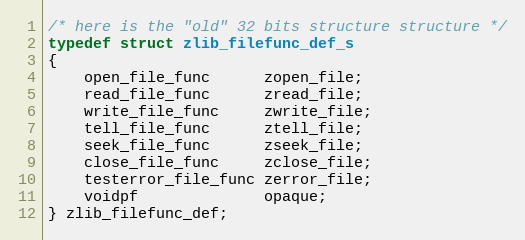
Language: C
/* here is the "old" 32 bits structure structure */
typedef struct zlib_filefunc_def_s
{
    open_file_func      zopen_file;
    read_file_func      zread_file;
    write_file_func     zwrite_file;
    tell_file_func      ztell_file;
    seek_file_func      zseek_file;
    close_file_func     zclose_file;
    testerror_file_func zerror_file;
    voidpf              opaque;
} zlib_filefunc_def;